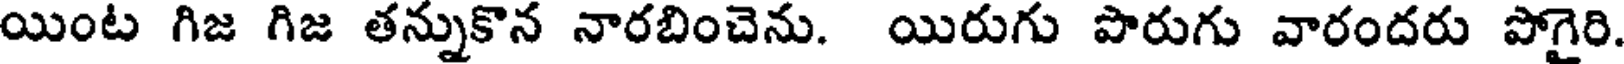
యింట గిజ గిజ తన్నుకొన నారబించెను. యిరుగు పొరుగు వారందరు పోగైరి.